Report on the treatment of epidemic cholera: from information collected by the governments of Bengal, Madras, Bombay, N.W. Provinces, Punjab, Oudh, and Central India, by order of the Government of India
Disease focus: Cholera
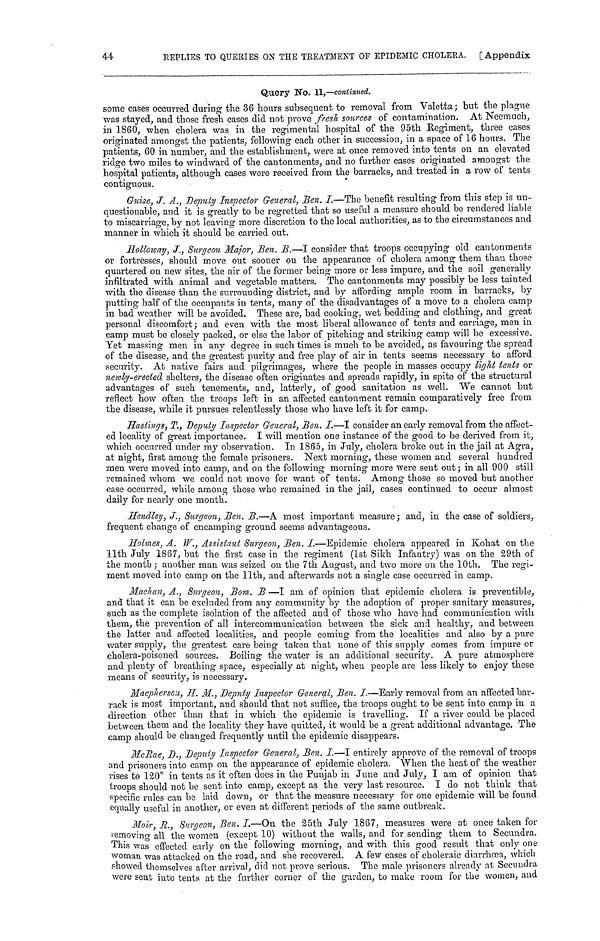
44
REPLIES TO QUERIES ON THE TREATMENT OF EPIDEMIC CHOLERA. [Appendix
Query No. 11,—continued.
some cases occurred during the 36 hours subsequent to removal from Valetta ; but the plague
was stayed, and those fresh cases did not prove fresh sources of contamination. At Neemuch,
in 1860, when cholera was in the regimental hospital of the 95th Regiment, three cases
originated amongst the patients, following each other in succession, in a space of 16 hours. The
patients, 60 in number, and the establishment, were at once removed into tents on an elevated
ridge two miles to windward of the cantonments, and no further cases originated amongst the
hospital patients, although cases were received from the barracks, and treated in a row of tents
contiguous.
Guise, J. A., Deputy Inspector General. Ben. I.—The benefit resulting from this step is un-
questionable, and it is greatly to be regretted that so useful a measure should be rendered liable
to miscarriage, by not leaving more discretion to the local authorities, as to the circumstances and
manner in which it should be carried out.
Holloway, J., Surgeon Major, Ben. B.—I consider that troops occupying old cantonments
or fortresses, should move out sooner on the appearance of cholera among them than those
quartered on new sites, the air of the former being more or less impure, and the soil generally
infiltrated with animal and vegetable matters. The cantonments may possibly be less tainted
with the disease than the surrounding district, and by affording ample room in barracks, by
putting half of the occupants in tents, many of the disadvantages of a move to a cholera camp
in bad weather will be avoided. These are, bad cooking, wet bedding and clothing, and great
personal discomfort ; and even with the most liberal allowance of tents and carriage, men in
camp must be closely packed, or else the labor of pitching and striking camp will be excessive.
Yet massing men in any degree in such times is much to be avoided, as favouring the spread
of the disease, and the greatest purity and free play of air in tents seems necessary to afford
security. At native fairs and pilgrimages, where the people in masses occupy light tents or
newly-erected shelters, the disease often originates and spreads rapidly, in spite of the structural
advantages of such tenements, and, latterly, of good sanitation as well. We cannot but
reflect how often the troops left in an affected cantonment remain comparatively free from
the disease, while it pursues relentlessly those who have left it for camp.
Hastings, T., Deputy Inspector General, Ben. I.—I consider an early removal from the affect-
ed locality of great importance. I will mention one instance of the good to be derived from it,
which occurred under my observation. In 1865, in July, cholera broke out in the jail at Agra,
at night, first among the female prisoners. Next morning, these women and several hundred
men were moved into camp, and on the following morning more were sent out ; in all 900 still
remained whom we could not move for want of tents. Among those so moved but another
case occurred, while among those who remained in the jail, cases continued to occur almost
daily for nearly one month.
Hendley, J., Surgeon, Ben. B.—A most important measure ; and, in the case of soldiers,
frequent change of encamping ground seems advantageous.
Holmes, A. W., Assistant Surgeon, Ben. I.—Epidemic cholera appeared in Kohat on the
11th July 1867, but the first case in the regiment (1st Sikh Infantry) was on the 29th of
the month ; another man was seized on the 7th August, and two more on the 10th. The regi-
ment moved into camp on the 11th, and afterwards not a single case occurred in camp.
Machan, Α., Surgeon, Bom. Β —I am of opinion that epidemic cholera is preventible,
and that it can be excluded from any community by the adoption of proper sanitary measures,
such as the complete isolation of the affected and of those who have had communication with
them, the prevention of all intercommunication between the sick and healthy, and between
the latter and affected localities, and people coming from the localities and also by a pure
water supply, the greatest care being taken that none of this supply comes from impure or
cholera-poisoned sources. Boiling the water is an additional security. A pure atmosphere
and plenty of breathing space, especially at night, when people are less likely to enjoy these
means of security, is necessary.
Macpherson, H. M., Deputy Inspector General, Ben. I.—Early removal from an affected bar-
rack is most important, and should that not suffice, the troops ought to be sent into camp in a
direction other than that in which the epidemic is travelling. If a river could be placed
between them and the locality they have quitted, it would be a great additional advantage. The
camp should be changed frequently until the epidemic disappears.
McRae, D., Deputy Inspector General, Ben. I.—I entirely approve of the removal of troops
and prisoners into camp on the appearance of epidemic cholera. When the heat of the weather
vises to 120° in tents as it often does in the Punjab in June and July, I am of opinion that
troops should not be sent into camp, except as the very last resource. I do not think that
specific rules can be laid down, or that the measure necessary for one epidemic will be found
equally useful in another, or even at different periods of the same outbreak.
Moir, R., Surgeon, Ben. I.—On the 25th July 1867, measures were at once taken for
removing all the women, (except 10) without the walls, and for sending them to Secundra.
This was effected early on the following morning, and with this good result that only one
woman was attacked on the road, and she recovered. A few cases of choleraic diarrhoea, which
showed themselves after arrival, did not prove serious. The male prisoners already at Secuudra
were sent into tents at the further corner of the garden, to make room for the women, and